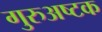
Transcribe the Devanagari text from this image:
गुरुअष्टक